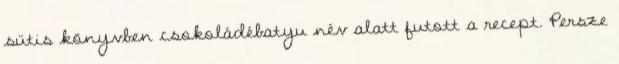
sütis könyvben csokoládébatyu név alatt futott a recept. Persze